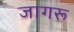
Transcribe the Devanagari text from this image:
जागरू